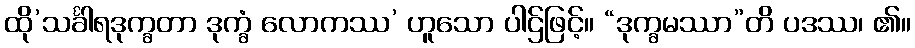
ထို’သင်္ခါရဒုက္ခတာ ဒုက္ခံ လောကဿ’ ဟူသော ပါဌ်ဖြင့်။ “ဒုက္ခမဿာ”တိ ပဒဿ၊ ၏။